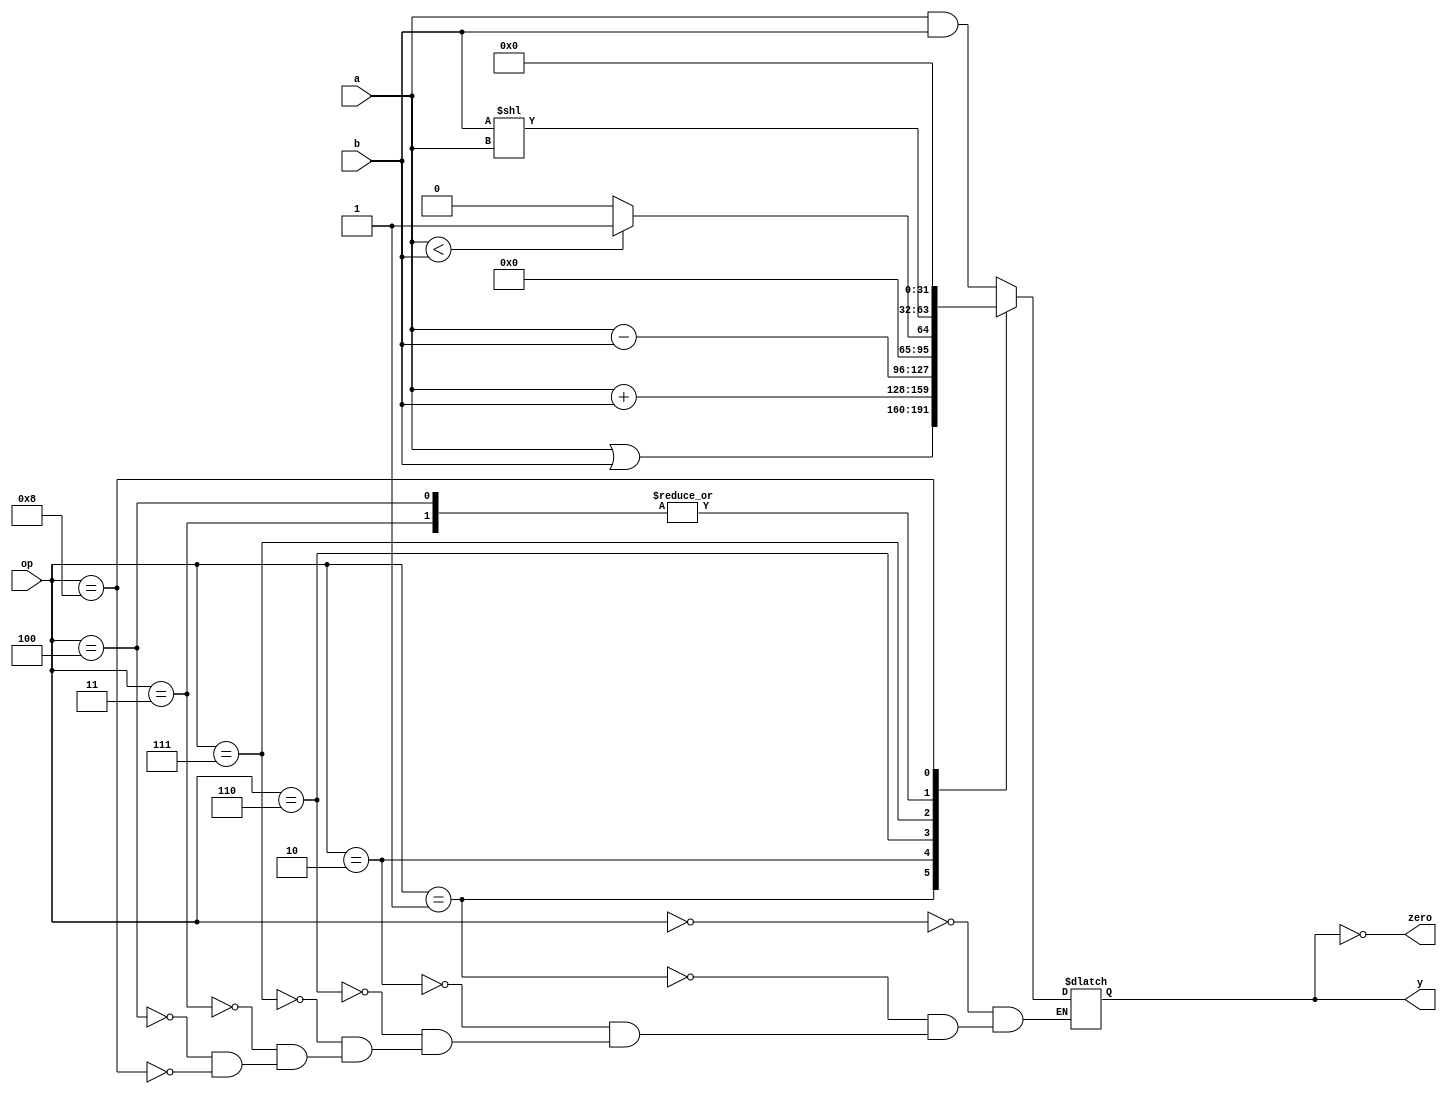
module alu (
        input  wire [3:0]  op,
        input  wire [31:0] a,
        input  wire [31:0] b,
        output wire        zero,
        output reg  [31:0] y
    );

    assign zero = (y == 0);

    always @ (op, a, b) begin
        case (op)
            4'b0000: y = a & b;
            4'b0001: y = a | b;
            4'b0010: y = a + b;
            4'b0110: y = a - b;
            4'b0111: y = (a < b) ? 1 : 0;
            4'b0011: y = b << a;
		    4'b0100: y = b << a;
            4'b1000: y = 0;
        endcase
    end

endmodule